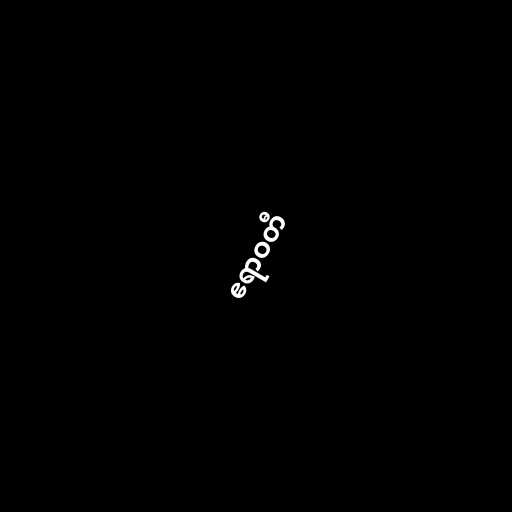
ဧရာဝတီ